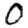
Digit: 0